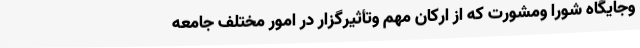
وجایگاه شورا ومشورت که از ارکان مهم وتأثیرگزار در امور مختلف جامعه